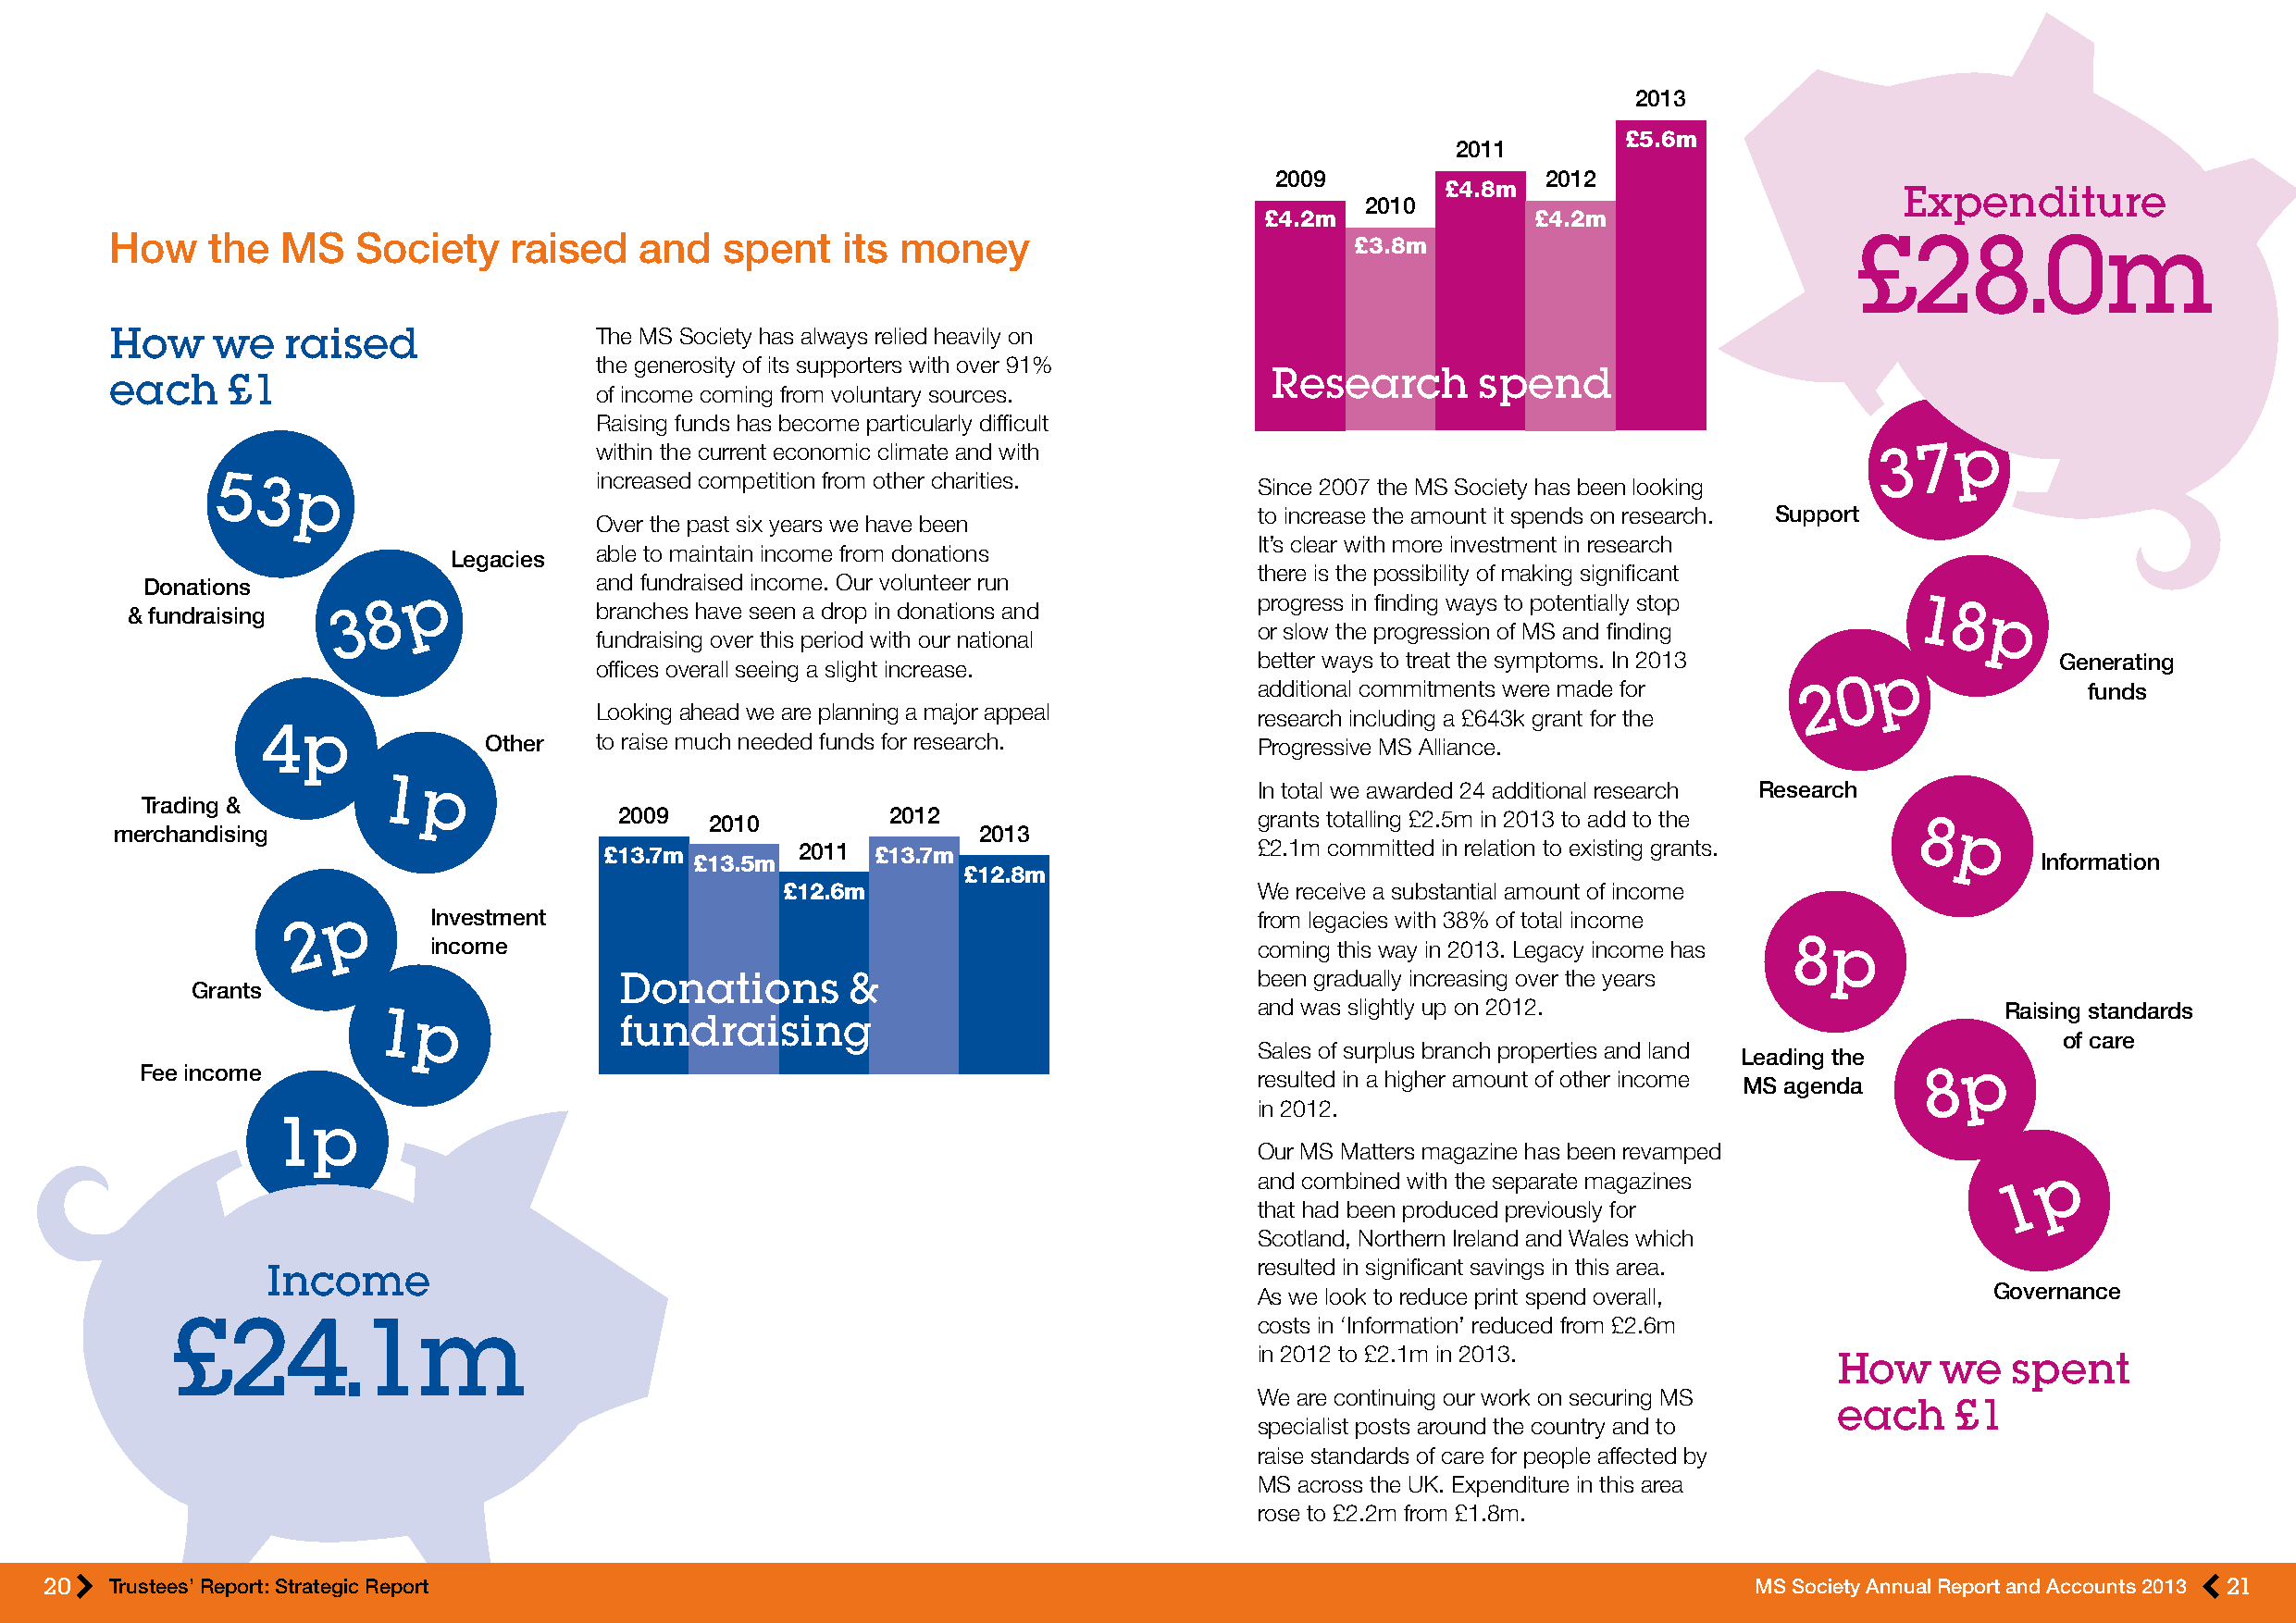
2013
 £5.6m
 2011
 2009                2012
 £4.8m                            Expenditure
 2010
 £4.2m               £4.2m
 How    the  MS   Society     raised   and   spent   its money                            £3.8m                               £28.0m
 How    we   raised                 The MS Society has always relied heavily on
 the generosity of its supporters with over 91%
 Research       spend
 each    £1
 of income coming from voluntary sources.
 Raising funds has become particularly difficult
 within the current economic climate and with                                                3 7  p
 53                          increased competition from other charities.    Since 2007 the MS Society has been looking
 p
 to increase the amount it spends on research. Support
 Over the past six years we have been
 It’s clear with more investment in research
 able to maintain income from donations
 Legacies
 there is the possibility of making significant
 Donations          p             and fundraised income. Our volunteer run
 & fundraising  3  8               branches have seen a drop in donations and     progress in finding ways to potentially stop   1 8
 p
 or slow the progression of MS and finding
 fundraising over this period with our national
 better ways to treat the symptoms. In 2013               Generating
 offices overall seeing a slight increase.                                                   p
 0
 additional commitments were made for   2                   funds
 Looking ahead we are planning a major appeal   research including a £643k grant for the
 4p
 Other   to raise much needed funds for research.       Progressive MS Alliance.
 1  p                                                           In total we awarded 24 additional research Research
 Trading &
 2009   2010         2012                      grants totalling £2.5m in 2013 to add to the
 merchandising                                                 2013                                                               8 p
 £13.7m        2011  £13.7m                     £2.1m committed in relation to existing grants.
 £13.5m                                                                                          Information
 £12.8m
 £12.6m                            We receive a substantial amount of income
 p      Investment                                                 from legacies with 38% of total income
 2
 income                                                     coming this way in 2013. Legacy income has 8p
 Donations        &                            been gradually increasing over the years
 Grants
 and was slightly up on 2012.                         Raising standards
 1p               fundraising
 of care
 Sales of surplus branch properties and land
 Leading the
 Fee income                                                                      resulted in a higher amount of other income     8  p
 MS agenda
 in 2012.
 1p
 Our MS Matters magazine has been revamped
 p
 and combined with the separate magazines
 1
 that had been produced previously for
 Scotland, Northern Ireland and Wales which
 resulted in significant savings in this area.
 Income
 As we look to reduce print spend overall,            Governance
 £24.1m                                                                        costs in ‘Information’ reduced from £2.6m
 in 2012 to £2.1m in 2013.
 How     we   spent
 We are continuing our work on securing MS
 each     £1
 specialist posts around the country and to
 raise standards of care for people affected by
 MS across the UK. Expenditure in this area
 rose to £2.2m from £1.8m.
 20   Trustees’ Report: Strategic Report                                                                                    MS Society Annual Report and Accounts 2013 21